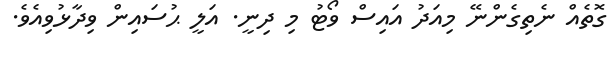
ގޮތެއް ނެތިގެންނޭ މިއަދު އައިސް ވޯޓު މި ދިނީ. އަލީ ޙުސައިން ވިދާޅުވިއެވެ.